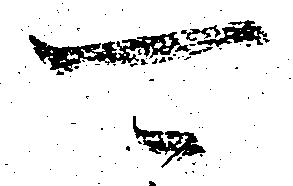
可